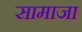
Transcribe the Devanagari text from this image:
सामाजा